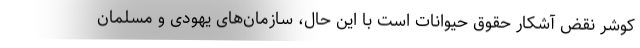
كوشر نقض آشکار حقوق حيوانات است با این حال، سازمان‌های یهودی و مسلمان